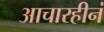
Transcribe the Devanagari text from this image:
आचारहीनं